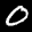
Digit: 0